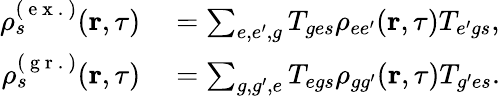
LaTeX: \begin{array}{rl}{\rho_{s}^{(\mathrm{~e~x~.~})}(\textbf{r},\tau)}&{{}=\sum_{e,e^{\prime},g}T_{{ge}s}\rho_{{ee^{\prime}}}(\textbf{r},\tau)T_{{e^{\prime}g}s},}\\ {\rho_{s}^{(\mathrm{~g~r~.~})}(\textbf{r},\tau)}&{{}=\sum_{g,g^{\prime},e}T_{{eg}s}\rho_{{gg^{\prime}}}(\textbf{r},\tau)T_{{g^{\prime}e}s}.}\end{array}